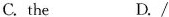
C. the D. /